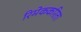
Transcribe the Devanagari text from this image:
रिमेककरिता